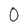
Character: 0